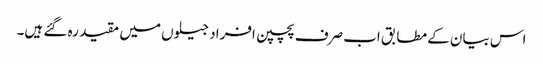
اس بیان کے مطابق اب صرف پچپن افراد جیلوں میں مقید رہ گئے ہیں۔